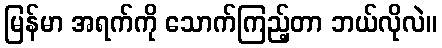
မြန်မာ အရက်ကို သောက်ကြည့်တာ ဘယ်လိုလဲ။